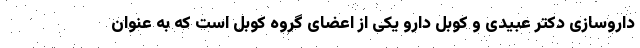
داروسازی دکتر عبیدی و کوبل دارو یکی از اعضای گروه کوبل است که به عنوان